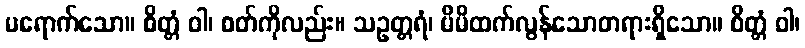
မရောက်သော။ စိတ္တံ ဝါ၊ စတ်ကိုလည်း။ သဥတ္တရံ၊ မိမိထက်လွန်သောတရားရှိသော။ စိတ္တံ ဝါ၊